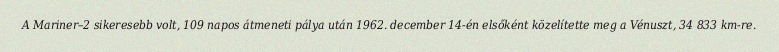
A Mariner–2 sikeresebb volt, 109 napos átmeneti pálya után 1962. december 14-én elsőként közelítette meg a Vénuszt, 34 833 km-re.